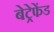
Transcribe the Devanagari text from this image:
बेट्रेफेंड